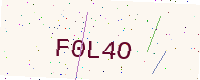
Text: F0L4O